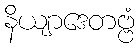
နိယျာဒေတဗ္ဗံ